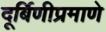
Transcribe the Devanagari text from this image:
दूर्बिणीप्रमाणे